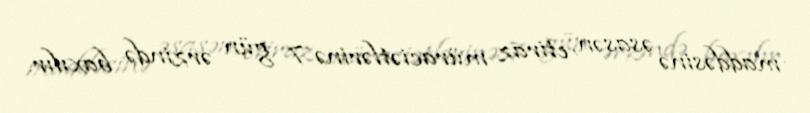
maddəsinə əsasən, etiraz müraciətlərinə 7 gün ərzində baxılır.